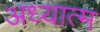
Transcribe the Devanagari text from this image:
अध्यात्‍म